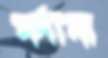
মর্দানা